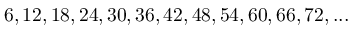
6 , 1 2 , 1 8 , 2 4 , 3 0 , 3 6 , 4 2 , 4 8 , 5 4 , 6 0 , 6 6 , 7 2 , . . .